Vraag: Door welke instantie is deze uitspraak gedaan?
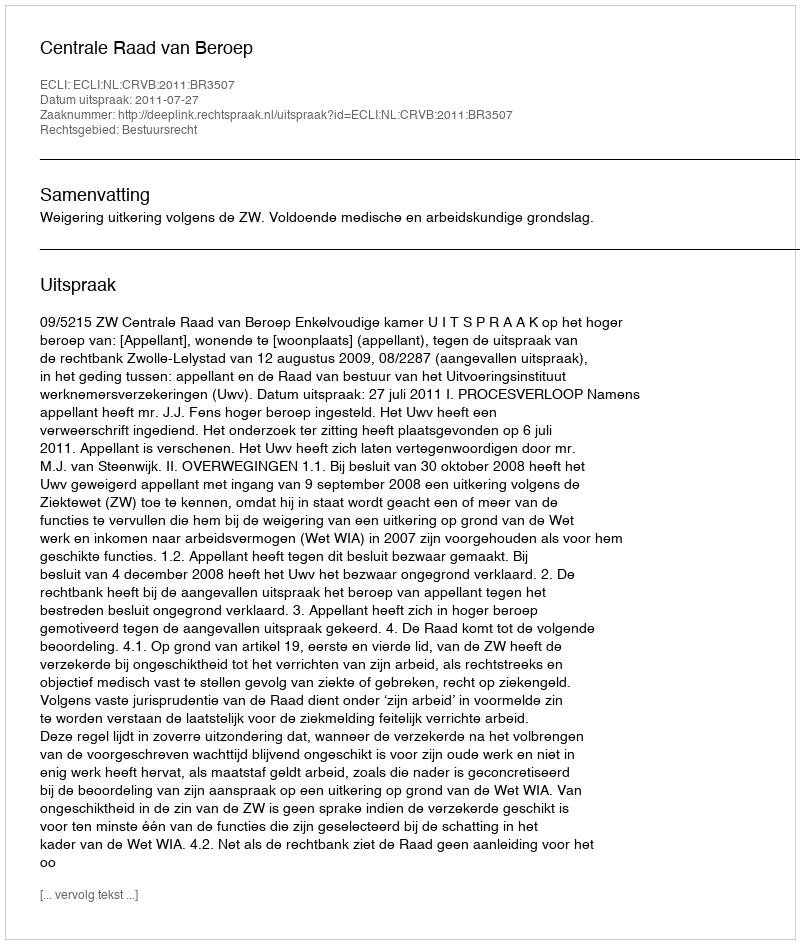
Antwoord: Centrale Raad van Beroep